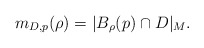
\begin{align*}m_{D, p}(\rho) = |B_\rho(p) \cap D|_M.\end{align*}